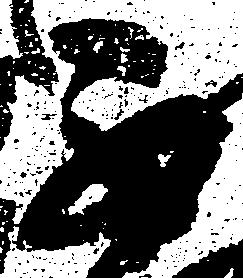
不